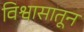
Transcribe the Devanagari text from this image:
विश्वासातून